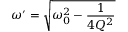
\omega ^ { \prime } = \sqrt { \omega _ { 0 } ^ { 2 } - \frac { 1 } { 4 Q ^ { 2 } } }